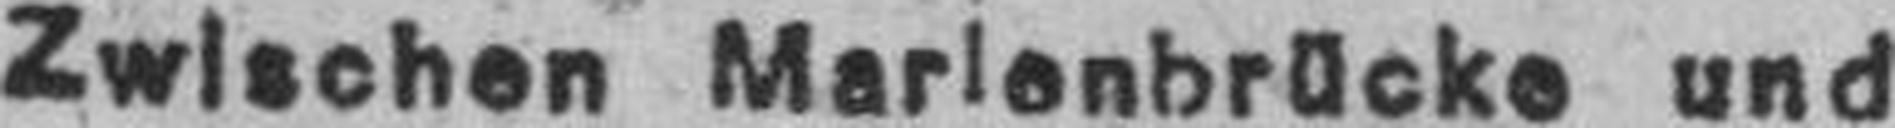
Zwischen Marienbrücke und